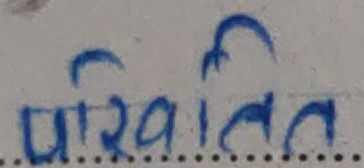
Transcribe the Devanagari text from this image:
परिभाषित